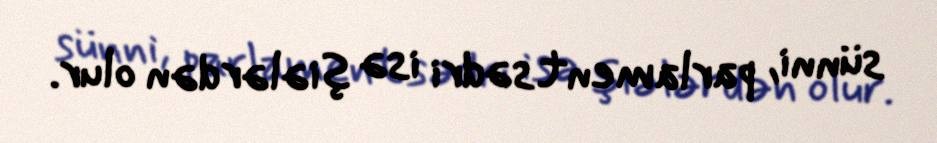
sünni, parlament sədri isə şiələrdən olur.